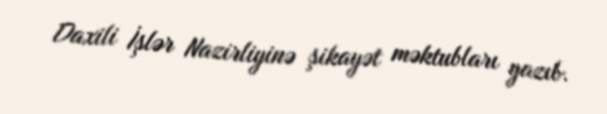
Daxili İşlər Nazirliyinə şikayət məktubları yazıb.